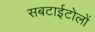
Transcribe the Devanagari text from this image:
सबटाईटोलों